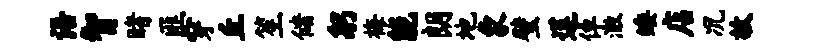
语智睹匪穿丘笙储躬梅能朗地象璧莲倬澈矮店况故